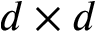
d \times d